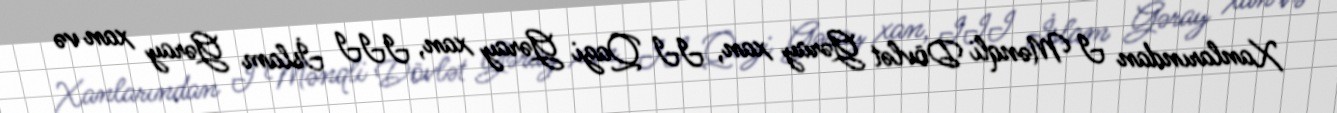
Xanlarından I Mənqli Dövlət Gəray xan, II Qazi Gəray xan, III İslam Gəray xan və